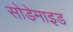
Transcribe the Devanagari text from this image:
सोडेमाइड